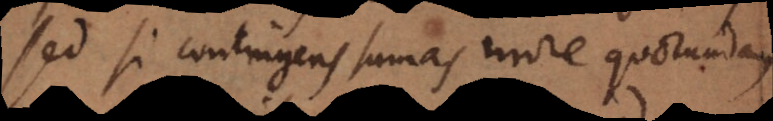
Sed si contingens sumas more quorundam